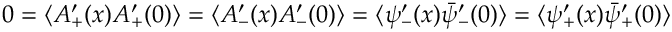
0 = \langle A _ { + } ^ { \prime } ( x ) A _ { + } ^ { \prime } ( 0 ) \rangle = \langle A _ { - } ^ { \prime } ( x ) A _ { - } ^ { \prime } ( 0 ) \rangle = \langle { \psi } _ { - } ^ { \prime } ( x ) \bar { \psi } _ { - } ^ { \prime } ( 0 ) \rangle = \langle { \psi } _ { + } ^ { \prime } ( x ) \bar { \psi } _ { + } ^ { \prime } ( 0 ) \rangle